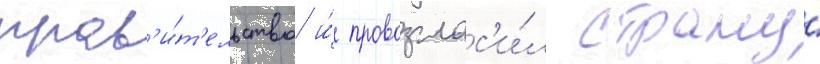
прав'и́т'ельство и́ провозглас'и́л страну́